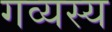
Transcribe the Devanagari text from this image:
गव्यस्य